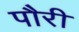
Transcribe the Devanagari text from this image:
पौरी